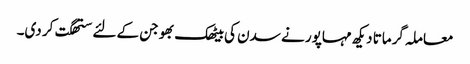
معاملہ گرماتا دیکھ مہاپور نے سدن کی بیٹھک بھوجن کے لئے ستھگت کر دی۔